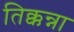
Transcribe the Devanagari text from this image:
तिक्कन्ना